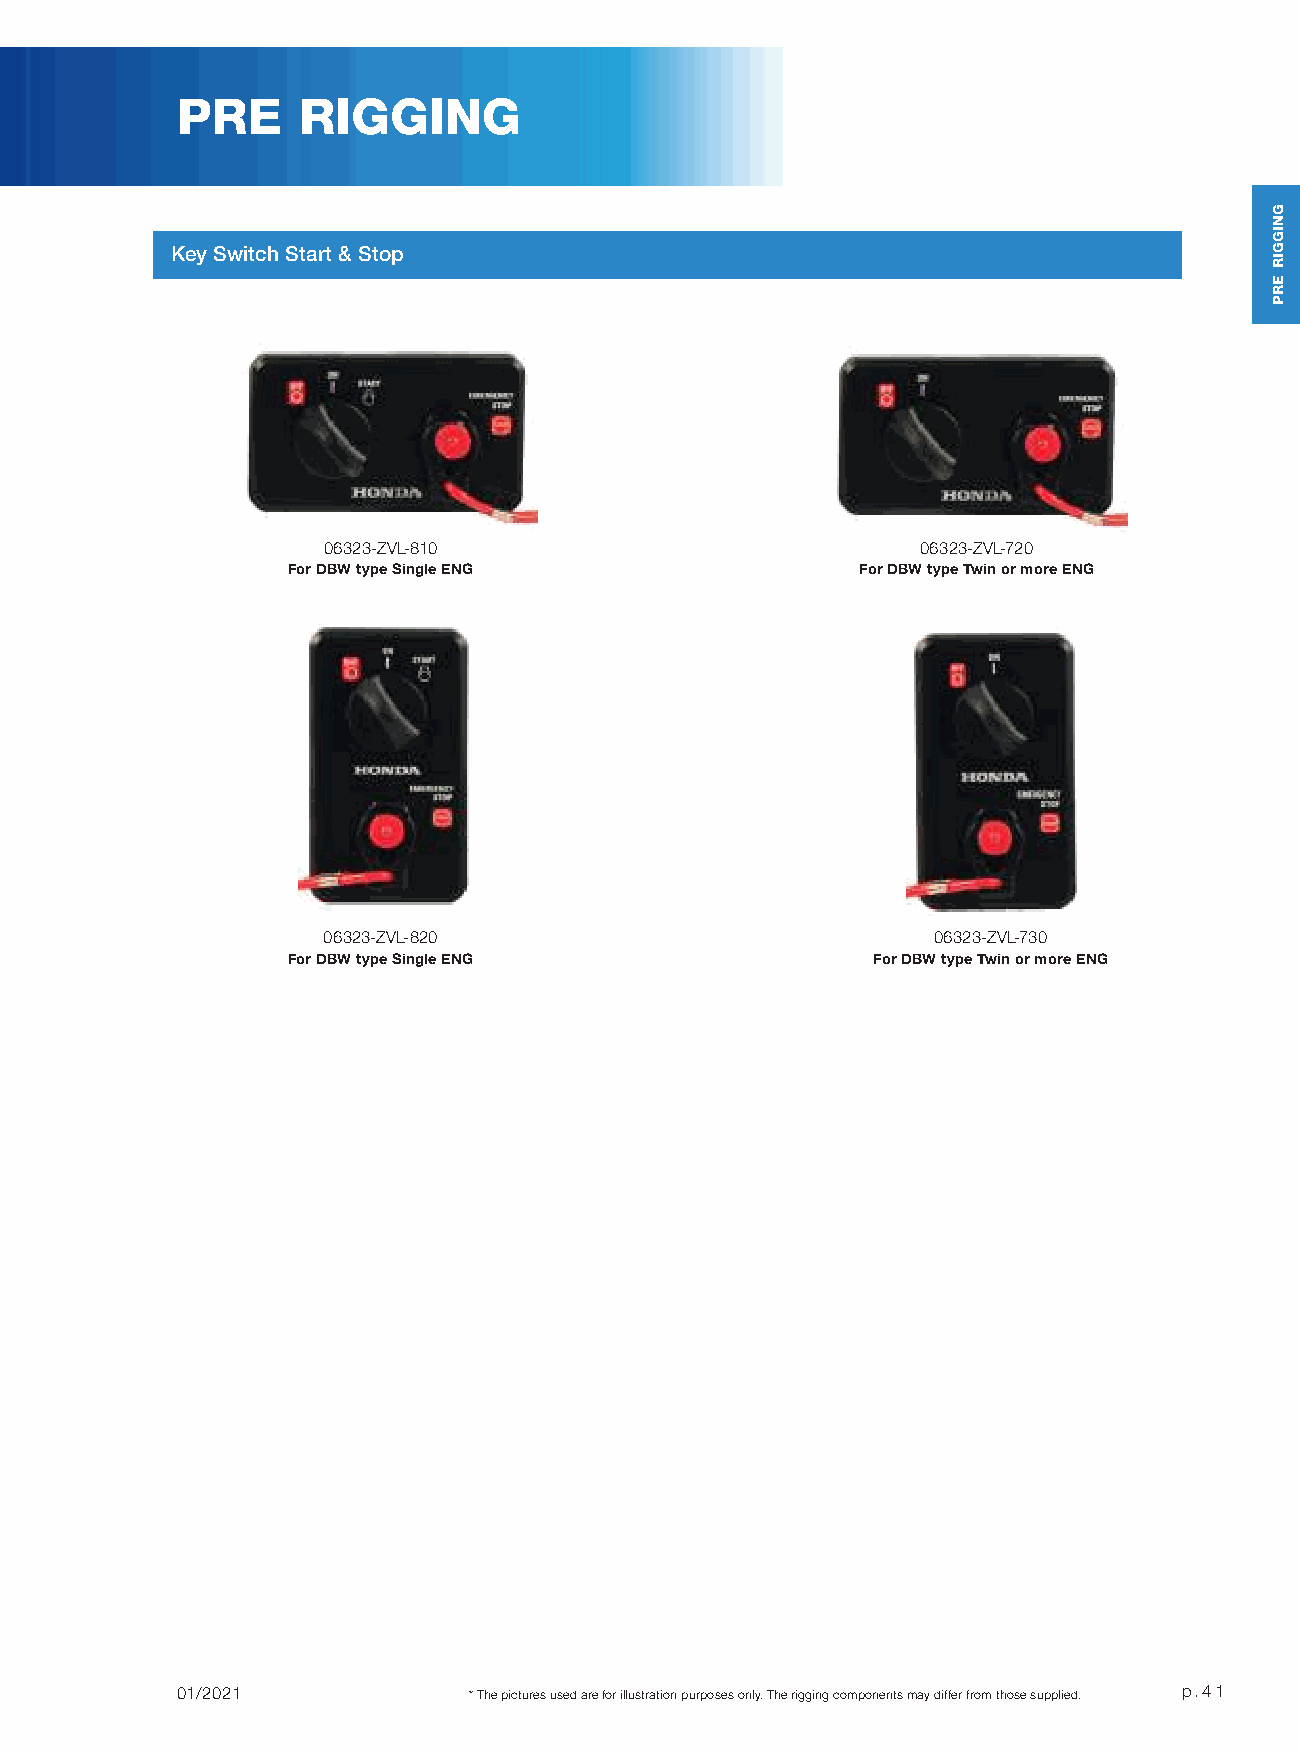
PRE     RIGGING
 Key Switch Start & Stop
 06323-ZVL-810                           06323-ZVL-720
 For DBW type Single ENG               For DBW type Twin or more ENG
 06323-ZVL-820                            06323-ZVL-730
 For DBW type Single ENG                For DBW type Twin or more ENG
 01/2021            * The pictures used are for illustration purposes only. The rigging components may differ from those supplied. p.41
 GNIGGIR
 ERP